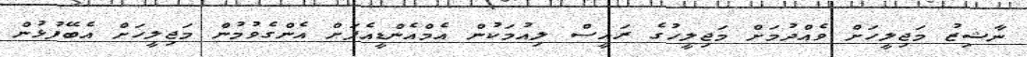
ނާޝިޒު މަޖިލީހަށް ވެއްދުމަށް މަޖިލީހުގެ ރައީސް ލިއުމަކުން އެމްއެންޑީއެފަށް އެންގެވުމުން މަޖިލީހަށް އެބޭފުޅުން